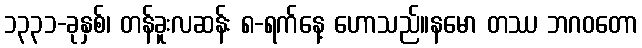
၁၃၃၁-ခုနှစ်၊ တန်ခူးလဆန်း ၈-ရက်နေ့ ဟောသည်။နမော တဿ ဘဂဝတော